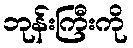
ဘုန်းကြီးကို